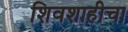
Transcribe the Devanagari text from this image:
शिवशाहीचा